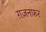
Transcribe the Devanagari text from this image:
ग़ज़नफ़र